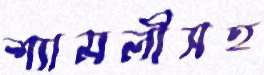
শ্যামলীসহ